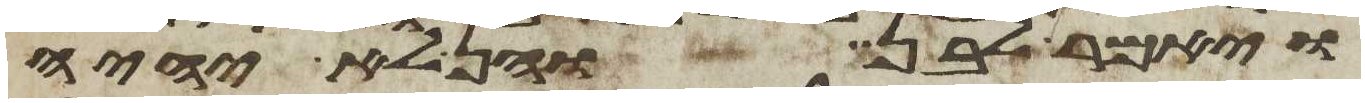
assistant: ויאמר לבן והן לא יהיה